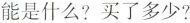
能是什么?买了多少?